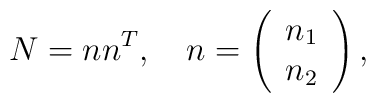
N=n n^T,\quad n=\left(\begin{array}{c}n_1\\n_2\\\end{array}\right),